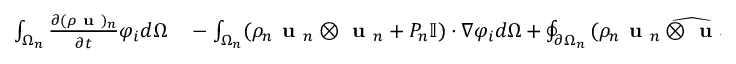
\begin{array} { r l } { \int _ { \Omega _ { n } } \frac { \partial ( \rho \textbf { u } ) _ { n } } { \partial t } \varphi _ { i } d \Omega } & { { } - \int _ { \Omega _ { n } } ( \rho _ { n } \textbf { u } _ { n } \otimes \textbf { u } _ { n } + P _ { n } \mathbb { I } ) \cdot \nabla \varphi _ { i } d \Omega + \oint _ { \partial \Omega _ { n } } \widehat { ( \rho _ { n } \textbf { u } _ { n } \otimes \textbf { u } _ { n } + P _ { n } \mathbb { I } ) } \cdot \widehat { \textbf { m } } \varphi _ { i } d S = } \end{array}